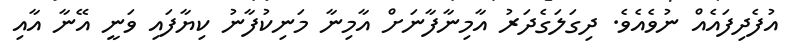
އުފެދިފައެއް ނުވެއެވެ. ދިގަލަގެދަރު އާމިނާފާނަށް އާމިނާ މަނިކުފާނު ކިޔާފައި ވަނީ އޭނާ އާއި